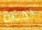
لدغة